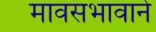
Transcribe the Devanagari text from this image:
मावसभावाने